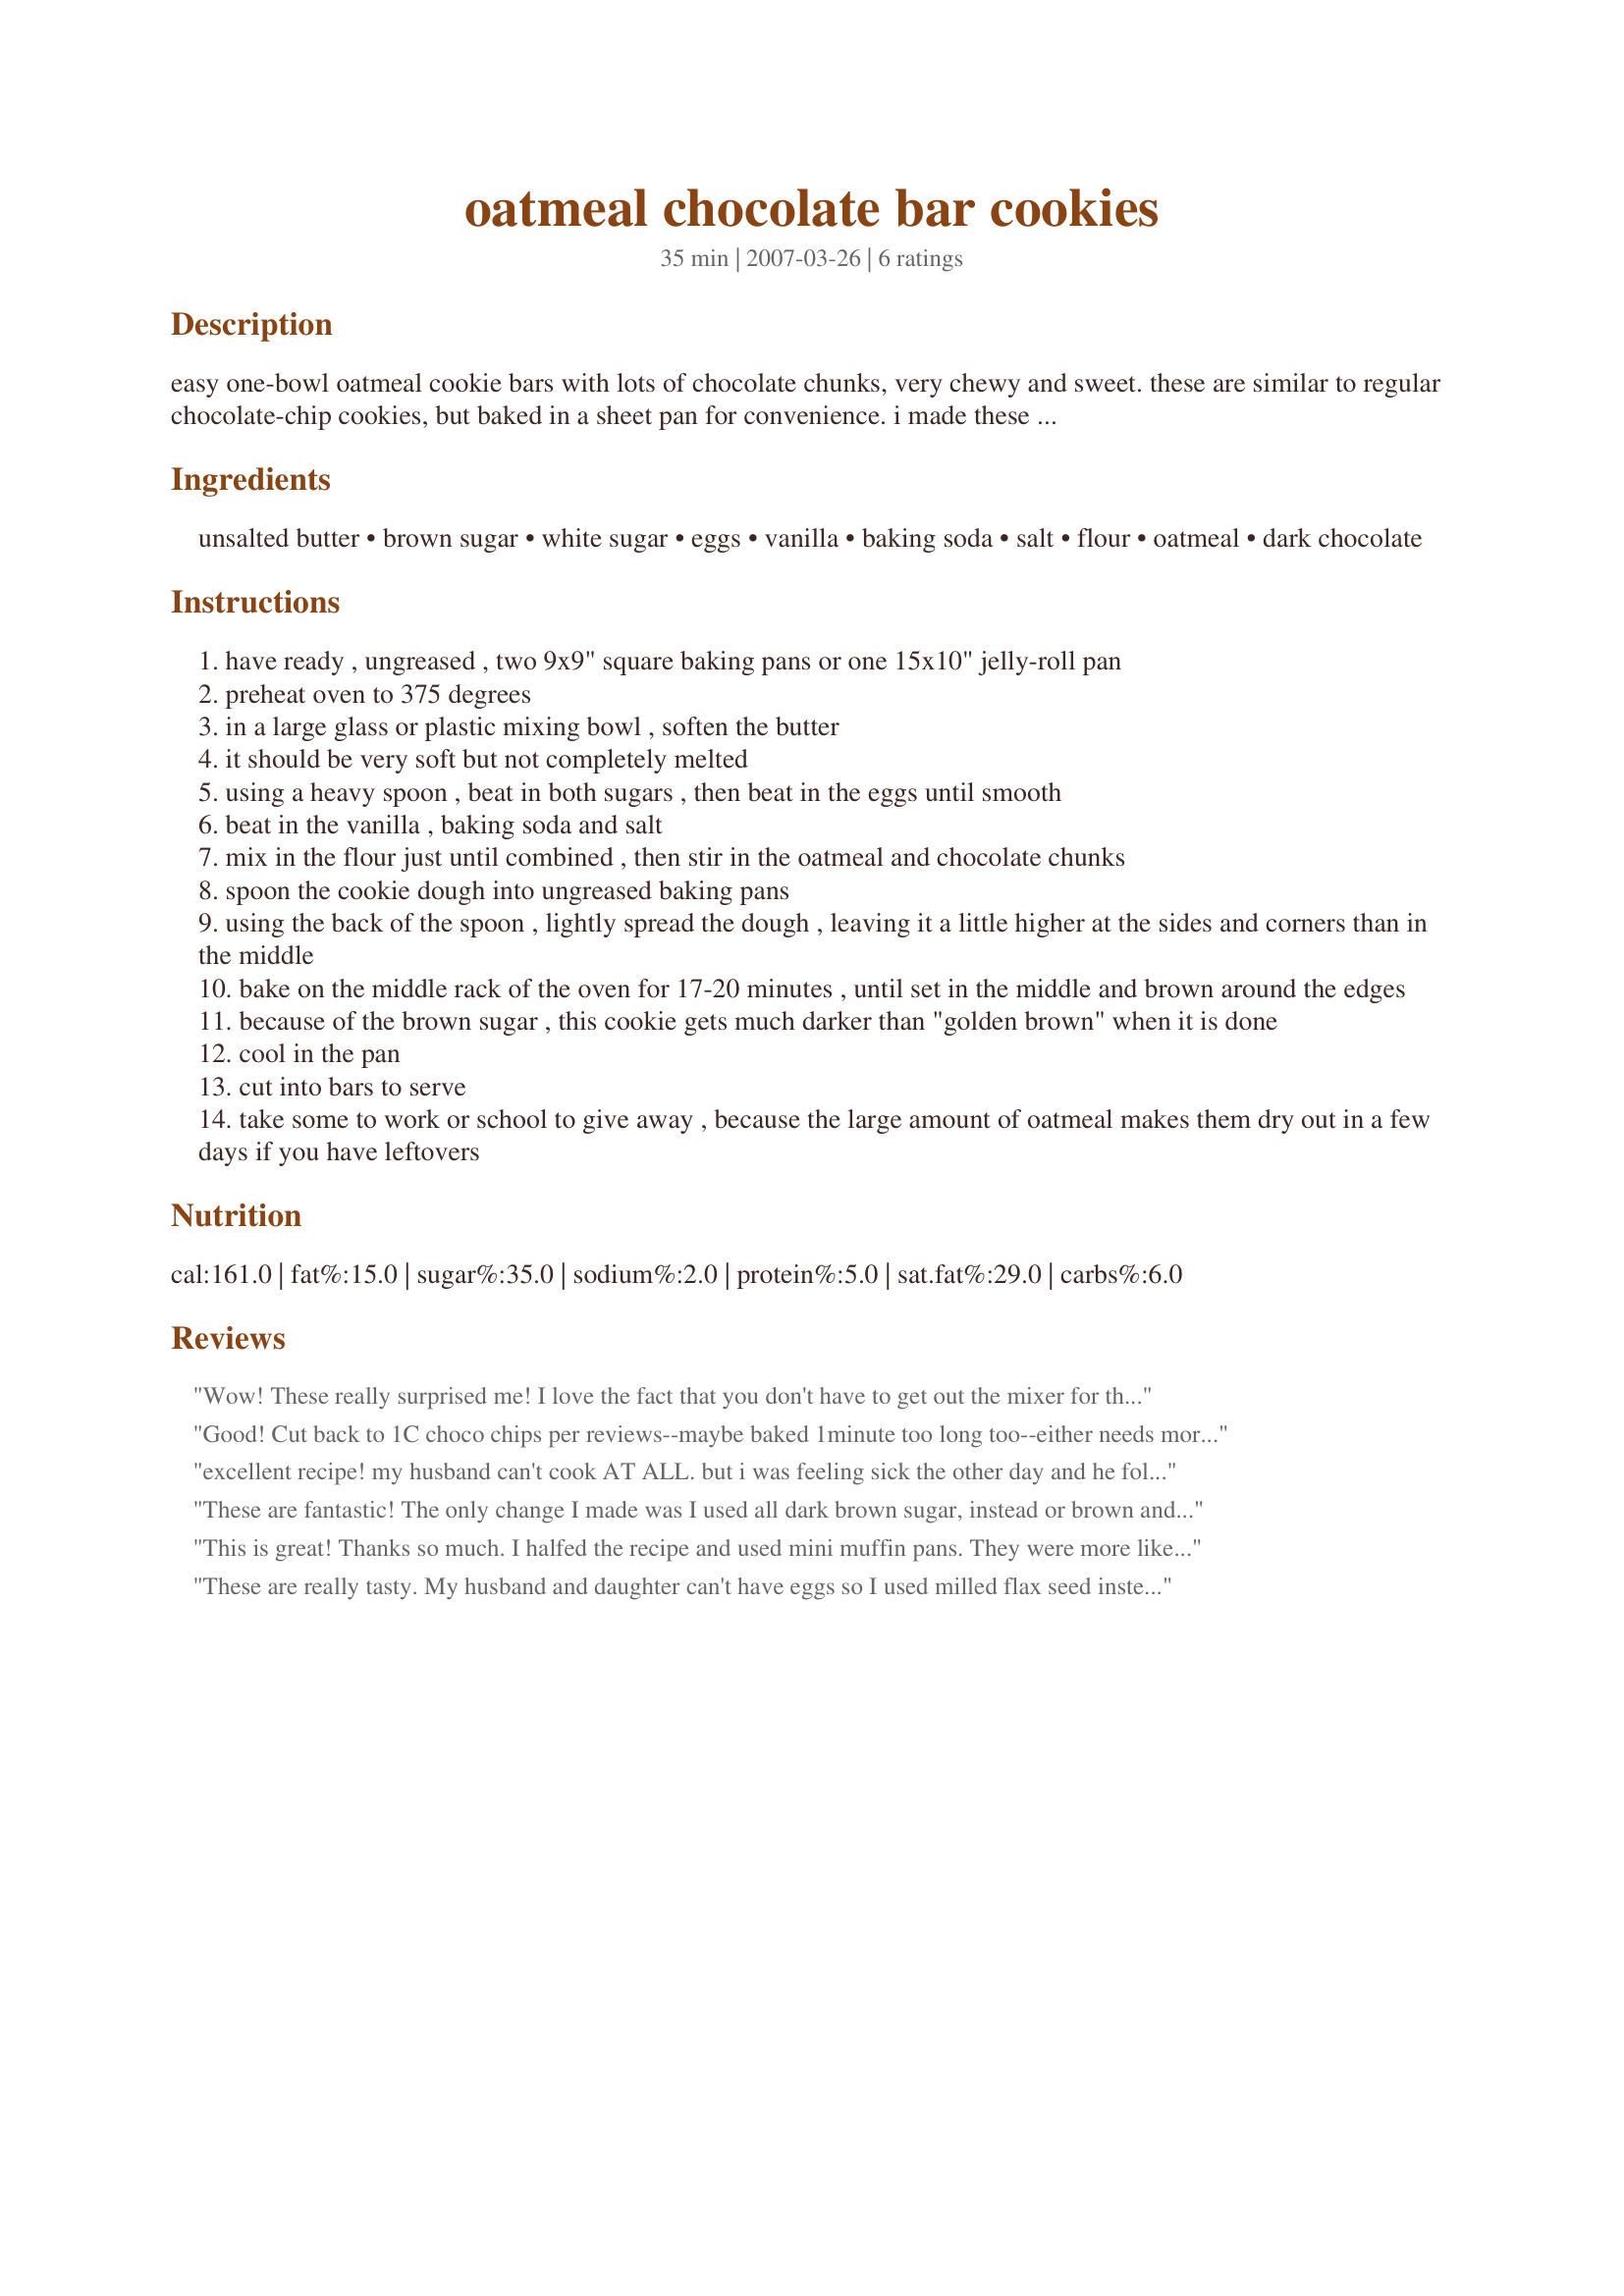
oatmeal chocolate bar cookies
Preparation time: 35 minutes

easy one-bowl oatmeal cookie bars with lots of chocolate chunks, very chewy and sweet. these are similar to regular chocolate-chip cookies, but baked in a sheet pan for convenience. i made these with chopped dark chocolate bars because dark chocolate is "healthier" than milk or semisweet chocolate - you can substiture one 12-ounce package of chocolate chips if you prefer

Ingredients:
unsalted butter, brown sugar, white sugar, eggs, vanilla, baking soda, salt, flour, oatmeal, dark chocolate

Steps:
have ready , ungreased , two 9x9" square baking pans or one 15x10" jelly-roll pan
preheat oven to 375 degrees
in a large glass or plastic mixing bowl , soften the butter
it should be very soft but not completely melted
using a heavy spoon , beat in both sugars , then beat in the eggs until smooth
beat in the vanilla , baking soda and salt
mix in the flour just until combined , then stir in the oatmeal and chocolate chunks
spoon the cookie dough into ungreased baking pans
using the back of the spoon , lightly spread the dough , leaving it a little higher at the sides and corners than in the middle
bake on the middle rack of the oven for 17-20 minutes , until set in the middle and brown around the edges
because of the brown sugar , this cookie gets much darker than "golden brown" when it is done
cool in the pan
cut into bars to serve
take some to work or school to give away , because the large amount of oatmeal makes them dry out in a few days if you have leftovers

Reviews:
Wow! These really surprised me! I love the fact that you don't have to get out the mixer for these! I couldn't wait for them to cool down before I tried them! YUMMY flavor!! My kids and DH loved them too!! Will be making these again! Thanks for sharing!
Good! Cut back to 1C choco chips per reviews--maybe baked 1minute too long too--either needs more toward recommended amt of chocolate or to be cooked softer bc they came out a touch dry. Yummmmy though.
excellent recipe! my husband can't cook AT ALL. but i was feeling sick the other day and he followed this recipe and made these spectacular bar cookies for me. thank you so much for the recipe.
These are fantastic! The only change I made was I used all dark brown sugar, instead or brown and white sugar. As another poster said, they are REALLY chocolatey and I may cut back on that next time (I used semisweet chunks). I think next time I may try adding pecans and coconut, too. This seems like a really versatile recipe. I know that it hit the pregnancy craving I have going on right now! Thank you, thank you!
This is great! Thanks so much. I halfed the recipe and used mini muffin pans. They were more like oatmeal chocolate chip bites and they were delicious! I made just enough for a snack for me and three other people. Thanks again for this =)
These are really tasty. My husband and daughter can't have eggs so I used milled flax seed instead (2 1/2 T milled flax and 3 T water per egg). I used regular semisweet chocolate chips as you suggested and they were VERY chocolatey. I might cut back a bit next time. Thanks for a yummy treat!
